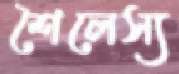
শৈলেস্য